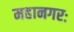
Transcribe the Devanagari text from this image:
महानगरः